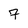
Character: 7